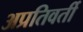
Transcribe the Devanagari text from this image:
अप्रतिवर्ती